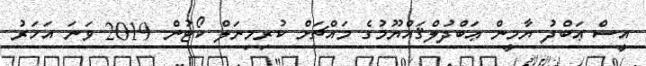
އީސް ޢަބްދު ޔާމީން ޢަބްދުލްޤައްޔޫމުގެ މައްޗަށް ކުރިމިނަލް ކޯޓުން 2019 ވަނަ އަހަރު